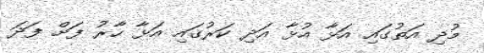
މުދި އަތުގައި އަޅާ އުޅާ އަދި ކަރުގައި އަޅާ ހާރު ފަށް ފަދަ